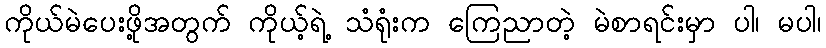
ကိုယ်မဲပေးဖို့အတွက် ကိုယ့်ရဲ့ သံရုံးက ကြေညာတဲ့ မဲစာရင်းမှာ ပါ၊ မပါ၊